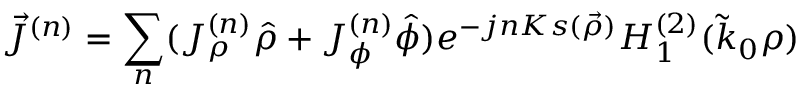
\vec { J } ^ { ( n ) } = \sum _ { n } ( J _ { \rho } ^ { ( n ) } \hat { \rho } + J _ { \phi } ^ { ( n ) } \hat { \phi } ) e ^ { - j n K s ( \vec { \rho } ) } H _ { 1 } ^ { ( 2 ) } ( \tilde { k } _ { 0 } \rho )